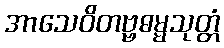
အာသေဝိတဗ္ဗဓမ္မသုတ္တံ